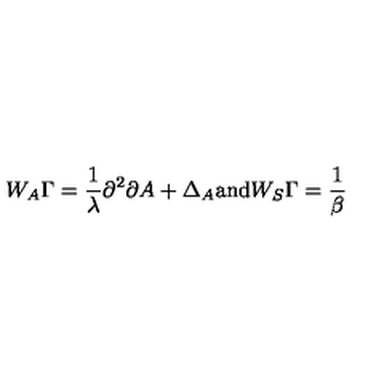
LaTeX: W _ { A } \Gamma = \frac { 1 } { \lambda } \partial ^ { 2 } \partial A + \Delta _ { A } \mathrm { \mathrm { a n d } } W _ { S } \Gamma = \frac { 1 } { \beta }